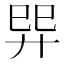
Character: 𢌴